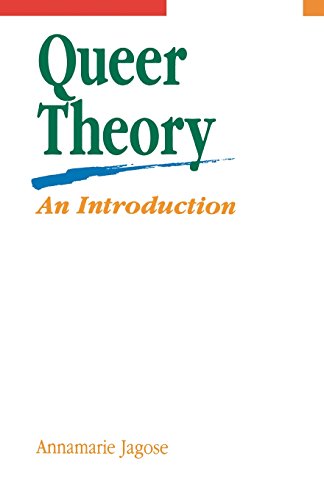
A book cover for Queer Theory: An Introduction; Annamarie Jagose; Gay & Lesbian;